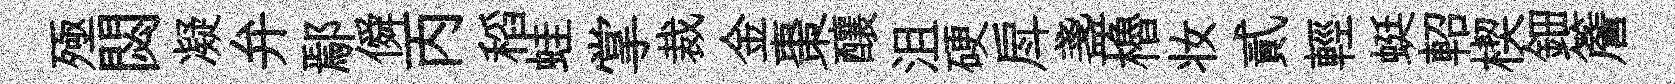
殛閟凝弁鄢僢丙稻蛙掌裁金棗釀沮硬戽盞櫓妆貳輕蜓軺楔鈿簷